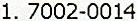
1. 7002-0014